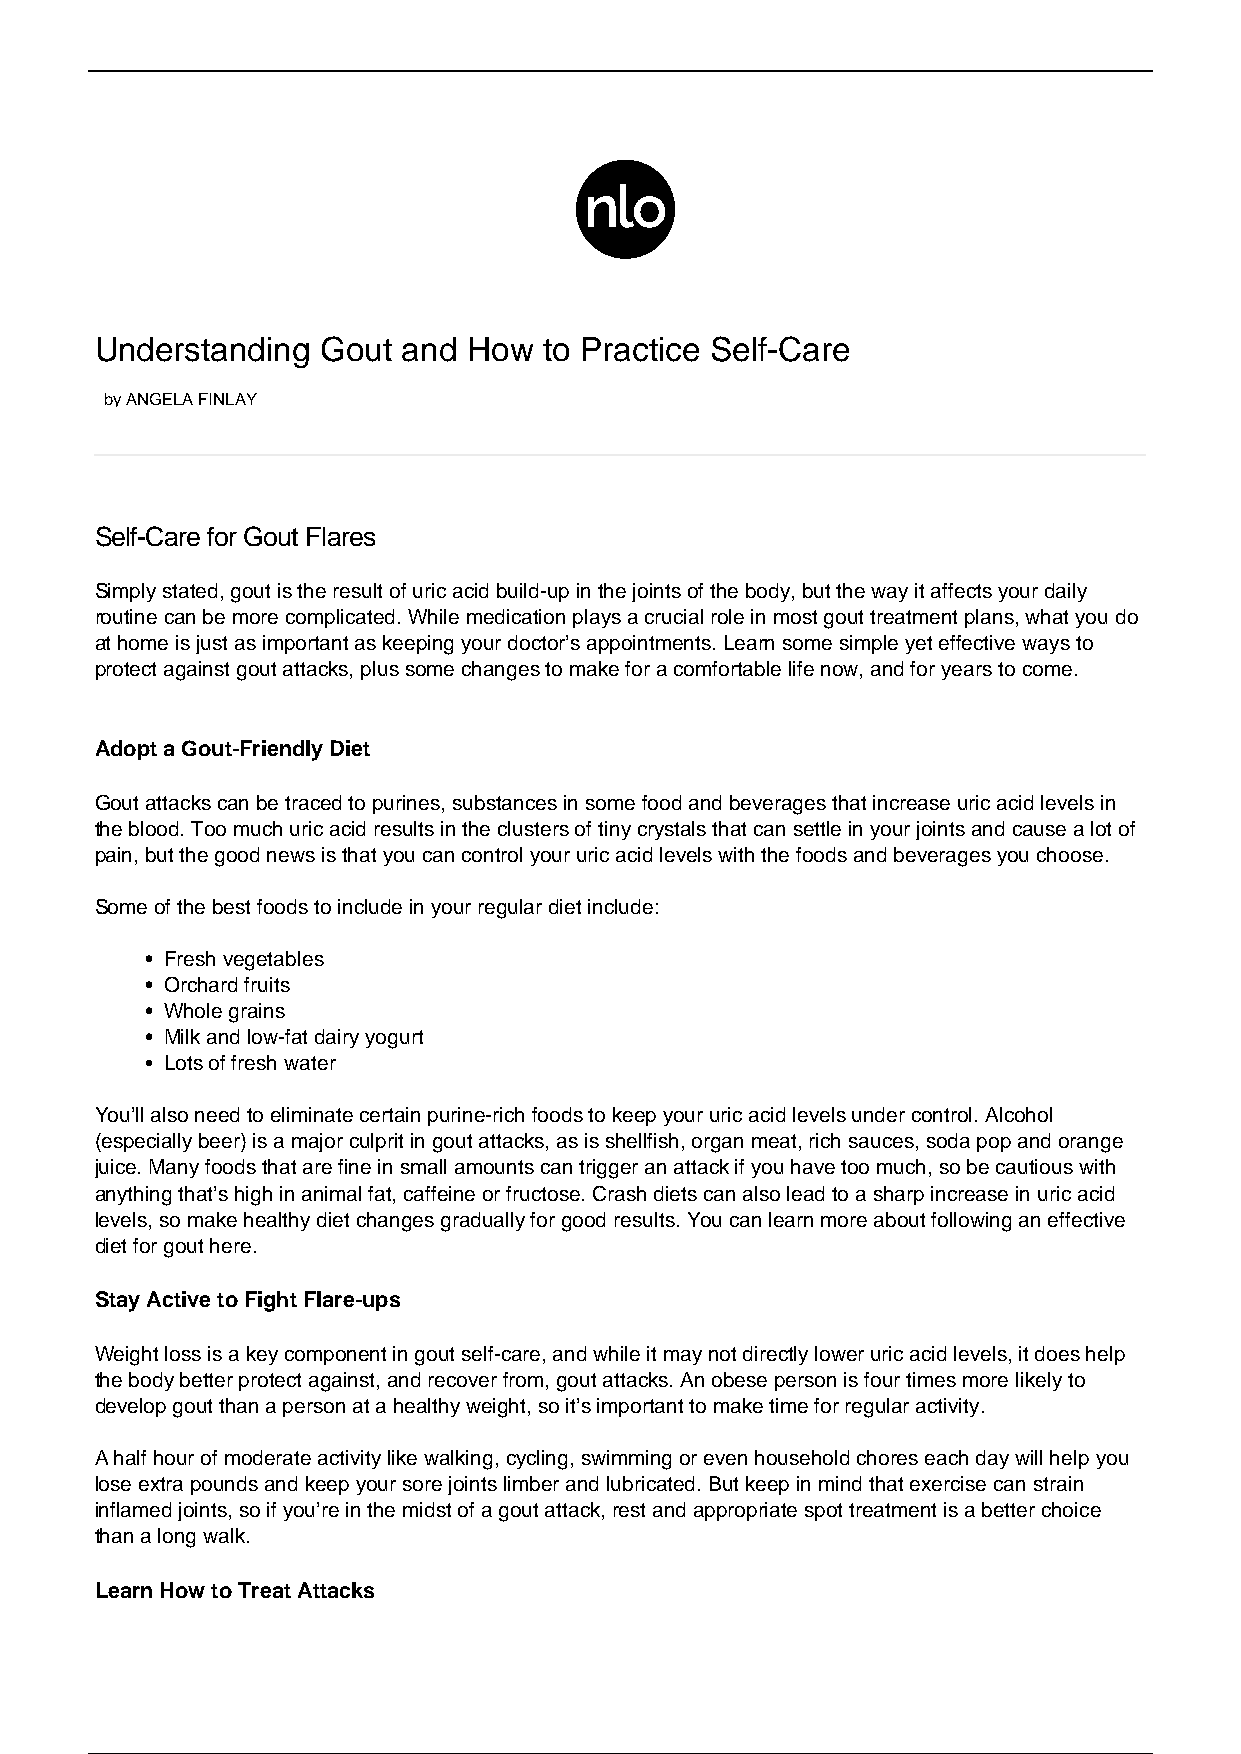
Understanding  Gout  and How  to Practice Self-Care
 by ANGELA FINLAY
 Self-Care for Gout Flares
 Simply stated, gout is the result of uric acid build-up in the joints of the body, but the way it affects your daily
 routine can be more complicated. While medication plays a crucial role in most gout treatment plans, what you do
 at home is just as important as keeping your doctor’s appointments. Learn some simple yet effective ways to
 protect against gout attacks, plus some changes to make for a comfortable life now, and for years to come.
 Adopt a Gout-Friendly Diet
 Gout attacks can be traced to purines, substances in some food and beverages that increase uric acid levels in
 the blood. Too much uric acid results in the clusters of tiny crystals that can settle in your joints and cause a lot of
 pain, but the good news is that you can control your uric acid levels with the foods and beverages you choose.
 Some of the best foods to include in your regular diet include:
 Fresh vegetables
 Orchard fruits
 Whole grains
 Milk and low-fat dairy yogurt
 Lots of fresh water
 You’ll also need to eliminate certain purine-rich foods to keep your uric acid levels under control. Alcohol
 (especially beer) is a major culprit in gout attacks, as is shellfish, organ meat, rich sauces, soda pop and orange
 juice. Many foods that are fine in small amounts can trigger an attack if you have too much, so be cautious with
 anything that’s high in animal fat, caffeine or fructose. Crash diets can also lead to a sharp increase in uric acid
 levels, so make healthy diet changes gradually for good results. You can learn more about following an effective
 diet for gout here.
 Stay Active to Fight Flare-ups
 Weight loss is a key component in gout self-care, and while it may not directly lower uric acid levels, it does help
 the body better protect against, and recover from, gout attacks. An obese person is four times more likely to
 develop gout than a person at a healthy weight, so it’s important to make time for regular activity.
 A half hour of moderate activity like walking, cycling, swimming or even household chores each day will help you
 lose extra pounds and keep your sore joints limber and lubricated. But keep in mind that exercise can strain
 inflamed joints, so if you’re in the midst of a gout attack, rest and appropriate spot treatment is a better choice
 than a long walk.
 Learn How to Treat Attacks
 1 / 2